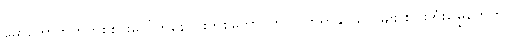
မော်တော်ဘုတ်တစ်စင်းပေါ်ကနေ ငါးတစ်ကောင်ကို လိုက်ရှာနိုင်သလိုမျိုး စပါးအုံးမြွေတွေကို